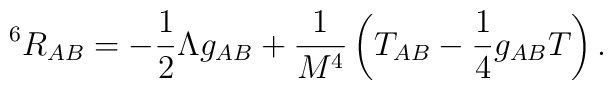
^6R_{AB} = -\frac {1}{2}\Lambda g_{AB} + \frac {1}{M^4}\left(T_{AB}- \frac {1}{4} g_{AB}T\right).